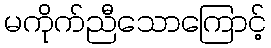
မကိုက်ညီသောကြောင့်